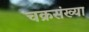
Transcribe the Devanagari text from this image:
चक्रसंख्या